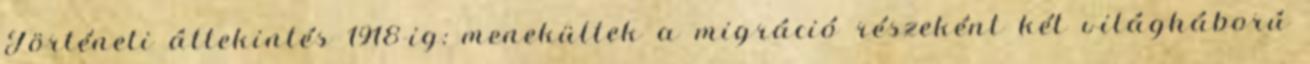
Történeti áttekintés 1918-ig: menekültek a migráció részeként két világháború